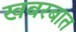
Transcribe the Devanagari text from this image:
खबरबात